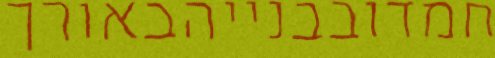
חמדובבנייהבאורך